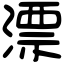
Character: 漂